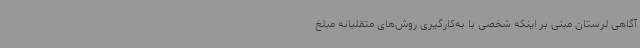
آگاهی لرستان مبنی بر اینکه شخصی با به‌کارگیری روش‌های متقلبانه مبلغ